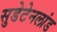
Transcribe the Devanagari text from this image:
सुडेटेनलांड